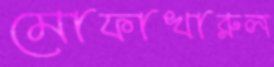
মোফাখারুল